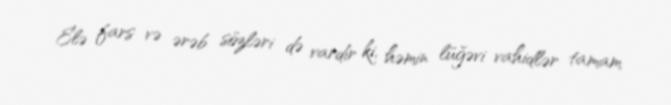
Elə fars və ərəb sözləri də vardır ki, həmin lüğəvi vahidlər tamam